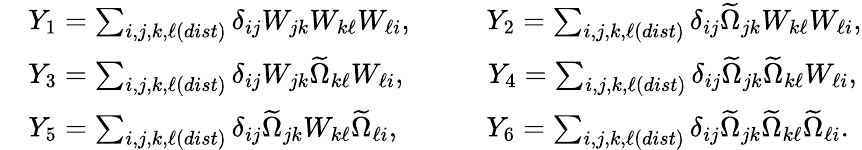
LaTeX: \begin{array}{rl}&{Y_{1}=\sum_{i,j,k,\ell(dist)}\delta_{ij}W_{jk}W_{k\ell}W_{\ell i},\qquad\; \; Y_{2}=\sum_{i,j,k,\ell(dist)}\delta_{ij}\widetilde{\Omega}_{jk}W_{k\ell}W_{\ell i},}\\ &{Y_{3}=\sum_{i,j,k,\ell(dist)}\delta_{ij}W_{jk}\widetilde{\Omega}_{k\ell}W_{\ell i},\qquad\; \; \; Y_{4}=\sum_{i,j,k,\ell(dist)}\delta_{ij}\widetilde{\Omega}_{jk}\widetilde{\Omega}_{k\ell}W_{\ell i},}\\ &{Y_{5}=\sum_{i,j,k,\ell(dist)}\delta_{ij}\widetilde{\Omega}_{jk}W_{k\ell}\widetilde{\Omega}_{\ell i},\qquad\quad Y_{6}=\sum_{i,j,k,\ell(dist)}\delta_{ij}\widetilde{\Omega}_{jk}\widetilde{\Omega}_{k\ell}\widetilde{\Omega}_{\ell i}.}\end{array}